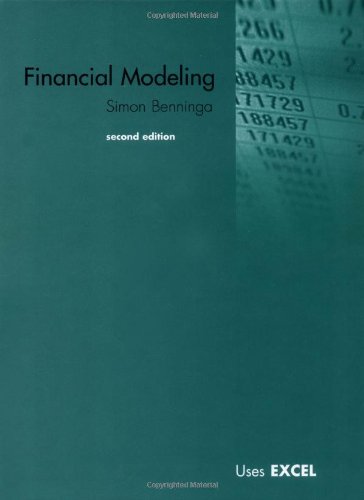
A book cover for Financial Modeling - 2nd Edition: Includes CD; Simon Benninga; Computers & Technology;